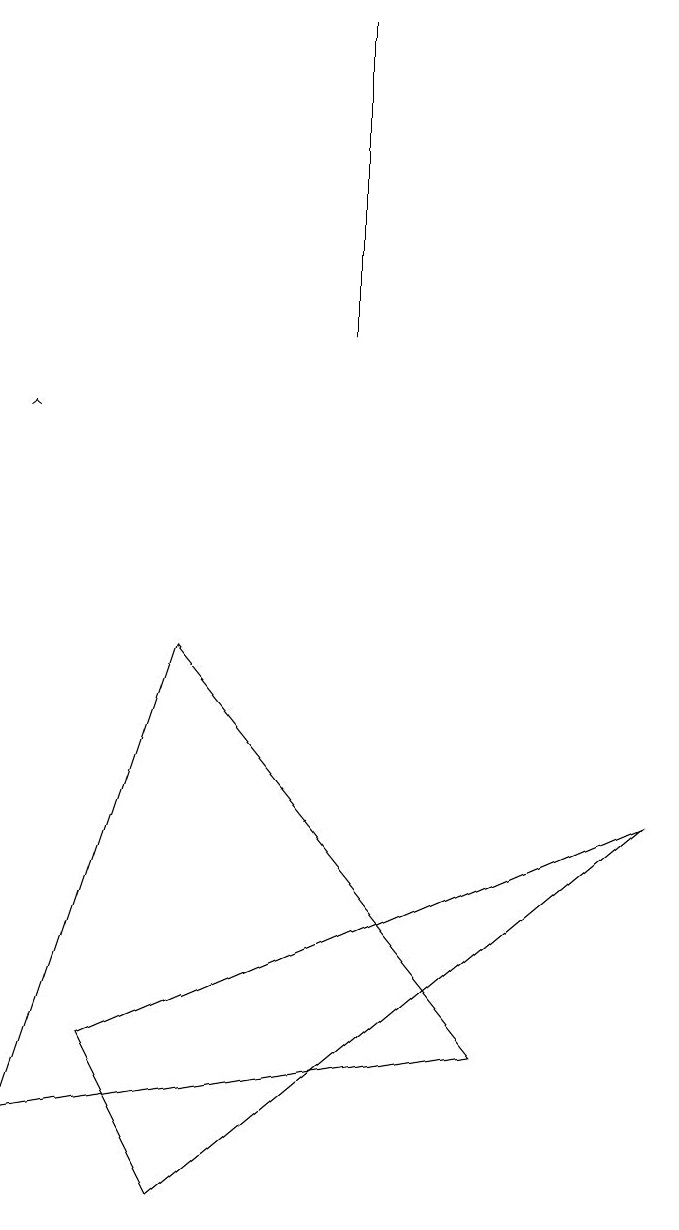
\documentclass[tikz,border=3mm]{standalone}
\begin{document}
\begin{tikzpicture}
\draw (9,6) -- (2,3) -- (3,1) -- cycle;
\draw[->] (1,11) -- (1,11);
\draw (7,3) -- (1,2) -- (3,8) -- cycle;
\draw (5,16) rectangle (5,12);
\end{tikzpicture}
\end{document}